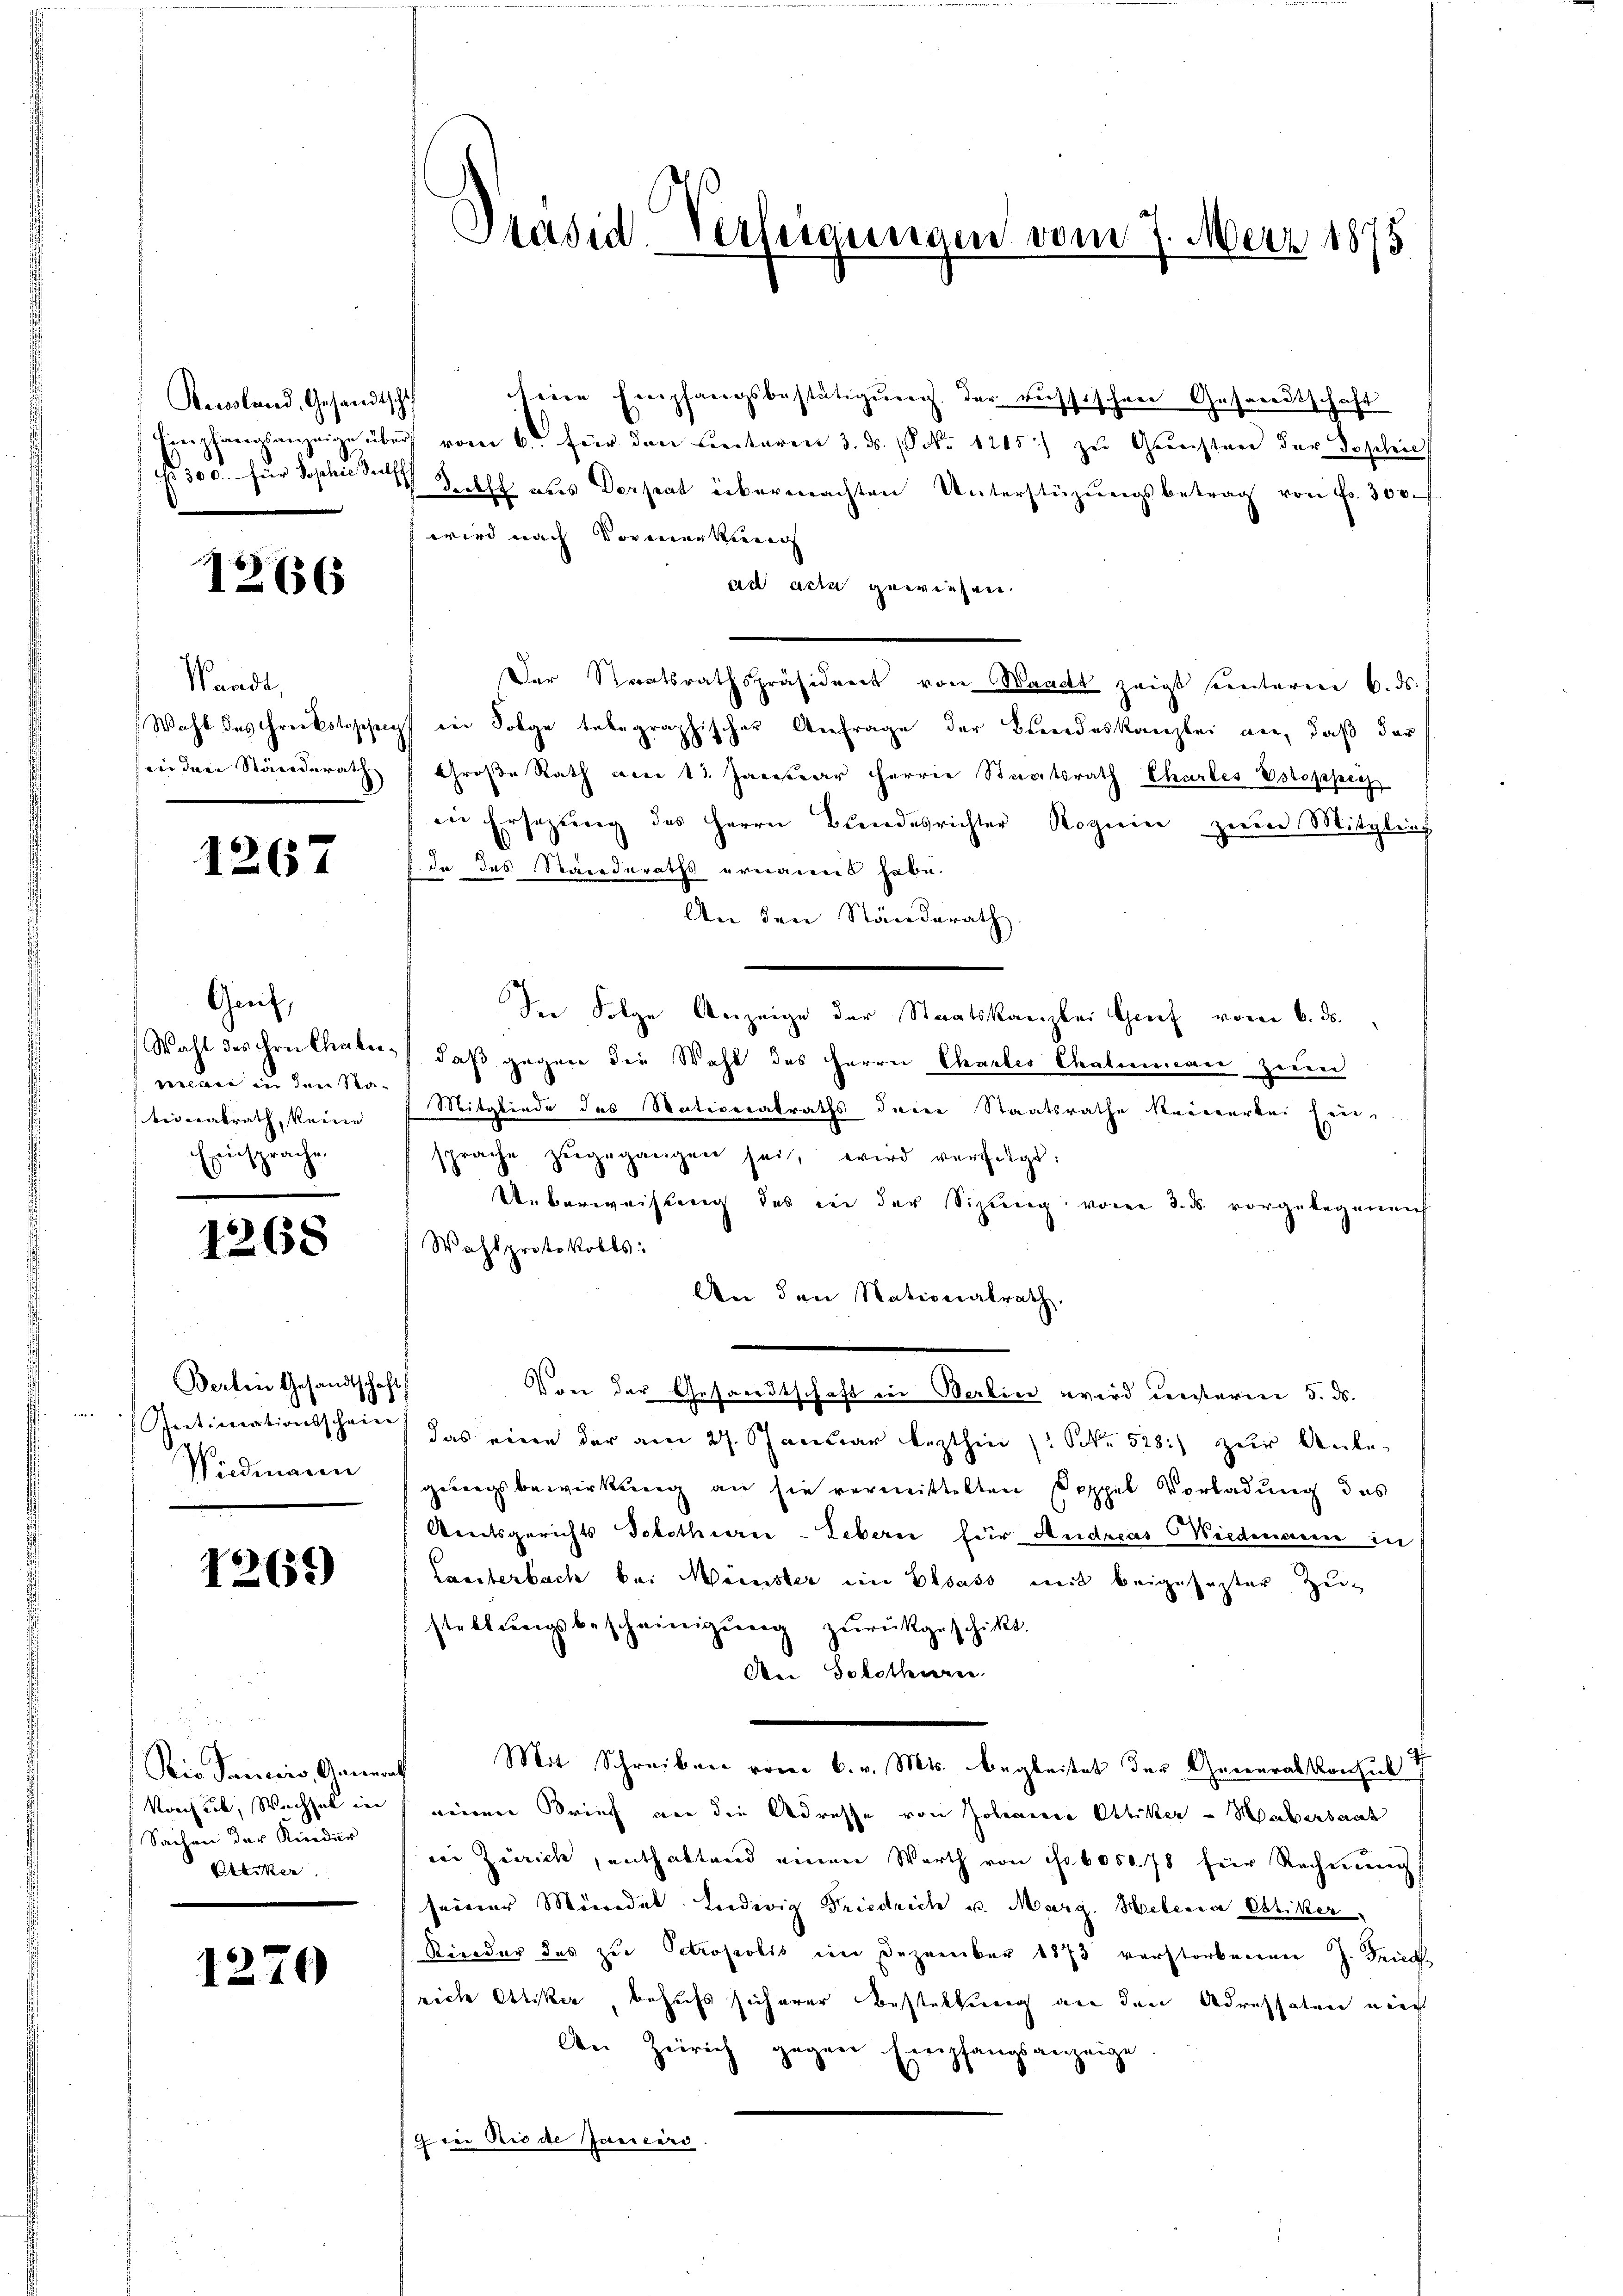
Aewoland, Gesandtsch
Empfangsanzeige über
r. 300. für Sophie helf

12656

Waadt,
Wahl des Freikstossen
dee den Ständerath

1267

Genf,
Wahl des ihre Chaluiniani in den Natir Matrath, keine
Einsprache.

1268

Berten Gesandtschaft
Aentionationsscheine
Piedmann

1261)

Die Saniis, Gener
Konsul, Wachsel in
Sachen der Nieder
eiker

1270

Präsid. Verfeigungen vom 7. März 1875

seien Empfangsbestätigung der russischen Gesandtschaft
vom 6. für den Lectoren 3. ds. (S. 1215) zu Gunsten der Sophie
deckt aus Dorpat übermachten Unterstützŭngsbetrag von Fr. 300.
wird nach Vormerkung
ad acta gewiesen.
Der Staatsrathspräsidiert von Waadt zeigt sentarien 6. ds.
iin Folge tabegraphischer Anfrage der Bundeskanzlei an, daß der
Große Rath am 13. Januar herre Staatsrath Chartes Votopepey
in Ersetzŭng des Herrn Bŭndesrichter Roguin zŭm Mitglief
da das Standeraths ernannt habe.
An den Ständerath
In Folge Anzeige der Staatskanzlei Grief von 6. ds.
daß gegen die Wahl des Herrn Chartes Chalenau ziem
Mitgliede des Vativeratraths dene Staatsrathe keinerkei hin
sprache zŭgegangen sei, wird verfügt:
Ueberweisung des in der Sitzung von 3. ds. vorgelegenen
Wahlprotokolls:
An den Nationalrath.
Von der Gesandtschaft in Berlin wird unterm 5. ds.
das eine der am 27. Januar lezthin (S. 528.) zur Ante
gungsbewirkung an sie vermittelten Doppel Vorladung des
Amtsgerichts Solothurer-Lebern für Andreas Wiedenauen in
Ernsterbach bei Meinister ein Elsass mit beigefügter Zeig
stellungsbescheinigŭng zurückgeschickt.
An Solothurer
Mit Schreiben vom 6. v. Mts. begleitet der Generalkonsul
einen Brief an die Adresse von Johannere Ottiker - Mabersaat
in Zürich, enthaltend einen Werth von ihr 6050. 78 für Rechnung
seiner Mündet. Inderig Friedrich u. Marg. Helena Ottiker,
Ricedur des zu Petroseolis im Dezember 1873 verstorbenen J. Fried
rich Ottiker, behufs sicherer Bestattung an den Adressaten nich
An Zürich gegen Empfangsanzeige.
rei Rio de Janeird.